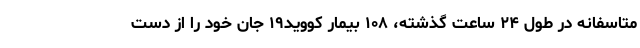
متاسفانه در طول ۲۴ ساعت گذشته، ۱۰۸ بیمار کووید۱۹ جان خود را از دست